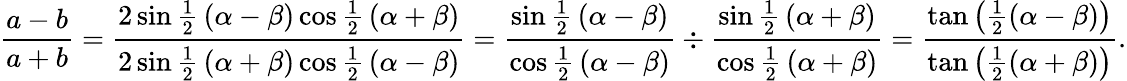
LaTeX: {\frac{a-b}{a+b}}={\frac{2\sin{\frac{1}{2}}\left(\alpha-\beta\right)\cos{\frac{1}{2}}\left(\alpha+\beta\right)}{2\sin{\frac{1}{2}}\left(\alpha+\beta\right)\cos{\frac{1}{2}}\left(\alpha-\beta\right)}}={\frac{\sin{\frac{1}{2}}\left(\alpha-\beta\right)}{\cos{\frac{1}{2}}\left(\alpha-\beta\right)}}\div{\frac{\sin{\frac{1}{2}}\left(\alpha+\beta\right)}{\cos{\frac{1}{2}}\left(\alpha+\beta\right)}}={\frac{\tan\left({\frac{1}{2}}(\alpha-\beta)\right)}{\tan\left({\frac{1}{2}}(\alpha+\beta)\right)}}.